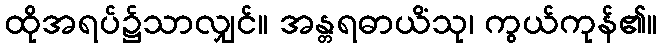
ထိုအရပ်၌သာလျှင်။ အန္တရဓာယိံသု၊ ကွယ်ကုန်၏။